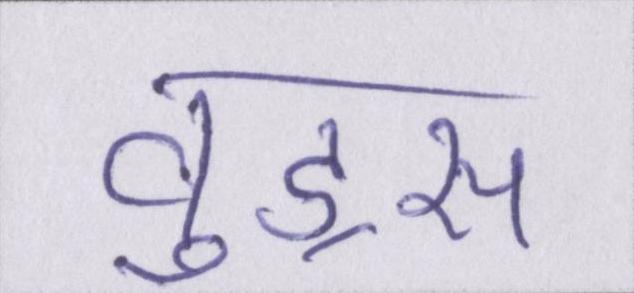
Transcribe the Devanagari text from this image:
वुड्स